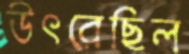
উৎরেছিল